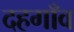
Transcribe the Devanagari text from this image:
दहगाँव